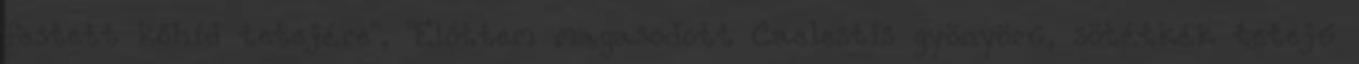
festett kőhíd tetejére", "Előttem magasodott Caelestis gyönyörű, sötétkék tetejű